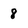
Character: 8